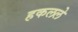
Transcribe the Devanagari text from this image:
हकलले